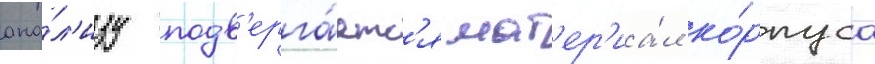
ана́л'изу подв'ерга́етс'я мат'ер'иа́л ко́рпуса